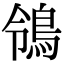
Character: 鴒